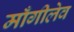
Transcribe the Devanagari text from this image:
माँगीलेव